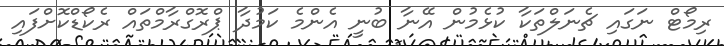
ރިމޯޓް ނަގައި ޗެނަލްތަކާ ކުޅެމުން އޭނާ ބުނީ އެންމެ ކަމުދާ ޕްރޮގްރާމްތައް ރެކޯޑްކޮށްފައި